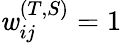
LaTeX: \mathit{w}_{ij}^{(T,S)}=1